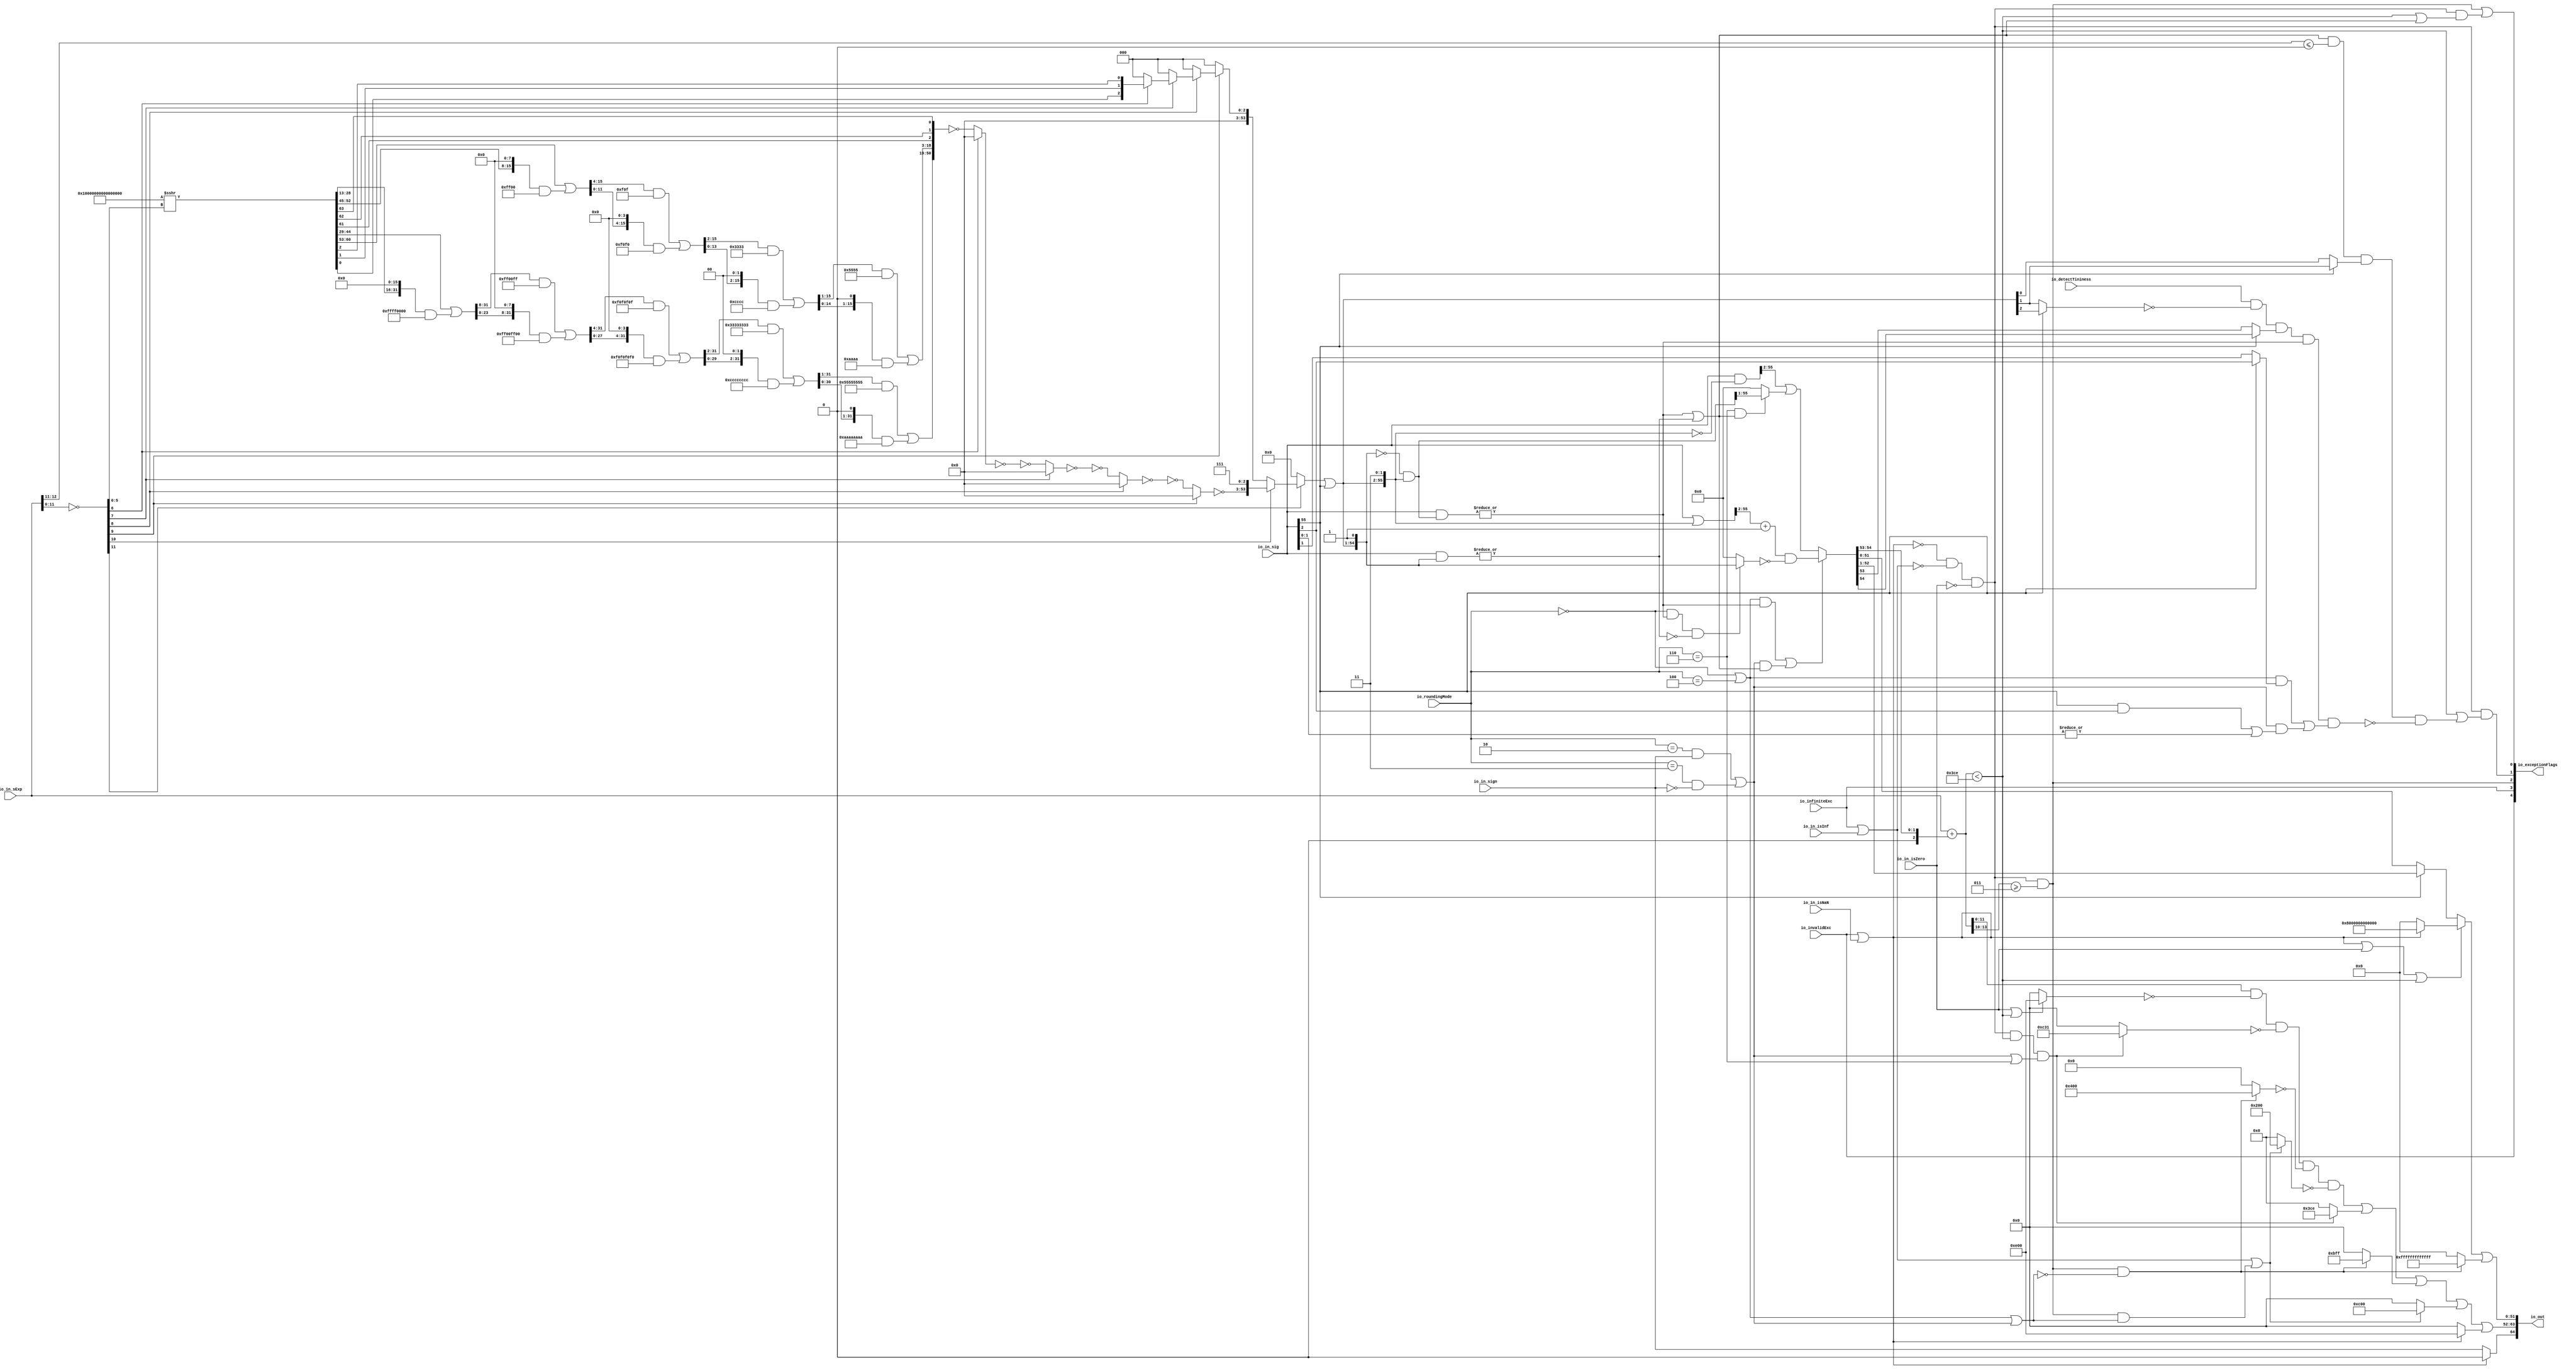
module RoundAnyRawFNToRecFN_2(
  input         io_invalidExc,
  input         io_infiniteExc,
  input         io_in_isNaN,
  input         io_in_isInf,
  input         io_in_isZero,
  input         io_in_sign,
  input  [12:0] io_in_sExp,
  input  [55:0] io_in_sig,
  input  [2:0]  io_roundingMode,
  input         io_detectTininess,
  output [64:0] io_out,
  output [4:0]  io_exceptionFlags
);
  wire  roundingMode_near_even = io_roundingMode == 3'h0; // @[RoundAnyRawFNToRecFN.scala 88:53]
  wire  roundingMode_min = io_roundingMode == 3'h2; // @[RoundAnyRawFNToRecFN.scala 90:53]
  wire  roundingMode_max = io_roundingMode == 3'h3; // @[RoundAnyRawFNToRecFN.scala 91:53]
  wire  roundingMode_near_maxMag = io_roundingMode == 3'h4; // @[RoundAnyRawFNToRecFN.scala 92:53]
  wire  roundingMode_odd = io_roundingMode == 3'h6; // @[RoundAnyRawFNToRecFN.scala 93:53]
  wire  roundMagUp = roundingMode_min & io_in_sign | roundingMode_max & ~io_in_sign; // @[RoundAnyRawFNToRecFN.scala 96:42]
  wire  doShiftSigDown1 = io_in_sig[55]; // @[RoundAnyRawFNToRecFN.scala 118:61]
  wire [11:0] _roundMask_T_1 = ~io_in_sExp[11:0]; // @[primitives.scala 51:21]
  wire  roundMask_msb = _roundMask_T_1[11]; // @[primitives.scala 57:25]
  wire [10:0] roundMask_lsbs = _roundMask_T_1[10:0]; // @[primitives.scala 58:26]
  wire  roundMask_msb_1 = roundMask_lsbs[10]; // @[primitives.scala 57:25]
  wire [9:0] roundMask_lsbs_1 = roundMask_lsbs[9:0]; // @[primitives.scala 58:26]
  wire  roundMask_msb_2 = roundMask_lsbs_1[9]; // @[primitives.scala 57:25]
  wire [8:0] roundMask_lsbs_2 = roundMask_lsbs_1[8:0]; // @[primitives.scala 58:26]
  wire  roundMask_msb_3 = roundMask_lsbs_2[8]; // @[primitives.scala 57:25]
  wire [7:0] roundMask_lsbs_3 = roundMask_lsbs_2[7:0]; // @[primitives.scala 58:26]
  wire  roundMask_msb_4 = roundMask_lsbs_3[7]; // @[primitives.scala 57:25]
  wire [6:0] roundMask_lsbs_4 = roundMask_lsbs_3[6:0]; // @[primitives.scala 58:26]
  wire  roundMask_msb_5 = roundMask_lsbs_4[6]; // @[primitives.scala 57:25]
  wire [5:0] roundMask_lsbs_5 = roundMask_lsbs_4[5:0]; // @[primitives.scala 58:26]
  wire [64:0] roundMask_shift = 65'sh10000000000000000 >>> roundMask_lsbs_5; // @[primitives.scala 77:58]
  wire [31:0] _roundMask_T_7 = {{16'd0}, roundMask_shift[44:29]}; // @[Bitwise.scala 103:31]
  wire [31:0] _roundMask_T_9 = {roundMask_shift[28:13], 16'h0}; // @[Bitwise.scala 103:65]
  wire [31:0] _roundMask_T_11 = _roundMask_T_9 & 32'hffff0000; // @[Bitwise.scala 103:75]
  wire [31:0] _roundMask_T_12 = _roundMask_T_7 | _roundMask_T_11; // @[Bitwise.scala 103:39]
  wire [31:0] _GEN_0 = {{8'd0}, _roundMask_T_12[31:8]}; // @[Bitwise.scala 103:31]
  wire [31:0] _roundMask_T_17 = _GEN_0 & 32'hff00ff; // @[Bitwise.scala 103:31]
  wire [31:0] _roundMask_T_19 = {_roundMask_T_12[23:0], 8'h0}; // @[Bitwise.scala 103:65]
  wire [31:0] _roundMask_T_21 = _roundMask_T_19 & 32'hff00ff00; // @[Bitwise.scala 103:75]
  wire [31:0] _roundMask_T_22 = _roundMask_T_17 | _roundMask_T_21; // @[Bitwise.scala 103:39]
  wire [31:0] _GEN_1 = {{4'd0}, _roundMask_T_22[31:4]}; // @[Bitwise.scala 103:31]
  wire [31:0] _roundMask_T_27 = _GEN_1 & 32'hf0f0f0f; // @[Bitwise.scala 103:31]
  wire [31:0] _roundMask_T_29 = {_roundMask_T_22[27:0], 4'h0}; // @[Bitwise.scala 103:65]
  wire [31:0] _roundMask_T_31 = _roundMask_T_29 & 32'hf0f0f0f0; // @[Bitwise.scala 103:75]
  wire [31:0] _roundMask_T_32 = _roundMask_T_27 | _roundMask_T_31; // @[Bitwise.scala 103:39]
  wire [31:0] _GEN_2 = {{2'd0}, _roundMask_T_32[31:2]}; // @[Bitwise.scala 103:31]
  wire [31:0] _roundMask_T_37 = _GEN_2 & 32'h33333333; // @[Bitwise.scala 103:31]
  wire [31:0] _roundMask_T_39 = {_roundMask_T_32[29:0], 2'h0}; // @[Bitwise.scala 103:65]
  wire [31:0] _roundMask_T_41 = _roundMask_T_39 & 32'hcccccccc; // @[Bitwise.scala 103:75]
  wire [31:0] _roundMask_T_42 = _roundMask_T_37 | _roundMask_T_41; // @[Bitwise.scala 103:39]
  wire [31:0] _GEN_3 = {{1'd0}, _roundMask_T_42[31:1]}; // @[Bitwise.scala 103:31]
  wire [31:0] _roundMask_T_47 = _GEN_3 & 32'h55555555; // @[Bitwise.scala 103:31]
  wire [31:0] _roundMask_T_49 = {_roundMask_T_42[30:0], 1'h0}; // @[Bitwise.scala 103:65]
  wire [31:0] _roundMask_T_51 = _roundMask_T_49 & 32'haaaaaaaa; // @[Bitwise.scala 103:75]
  wire [31:0] roundMask_hi = _roundMask_T_47 | _roundMask_T_51; // @[Bitwise.scala 103:39]
  wire [15:0] _roundMask_T_57 = {{8'd0}, roundMask_shift[60:53]}; // @[Bitwise.scala 103:31]
  wire [15:0] _roundMask_T_59 = {roundMask_shift[52:45], 8'h0}; // @[Bitwise.scala 103:65]
  wire [15:0] _roundMask_T_61 = _roundMask_T_59 & 16'hff00; // @[Bitwise.scala 103:75]
  wire [15:0] _roundMask_T_62 = _roundMask_T_57 | _roundMask_T_61; // @[Bitwise.scala 103:39]
  wire [15:0] _GEN_4 = {{4'd0}, _roundMask_T_62[15:4]}; // @[Bitwise.scala 103:31]
  wire [15:0] _roundMask_T_67 = _GEN_4 & 16'hf0f; // @[Bitwise.scala 103:31]
  wire [15:0] _roundMask_T_69 = {_roundMask_T_62[11:0], 4'h0}; // @[Bitwise.scala 103:65]
  wire [15:0] _roundMask_T_71 = _roundMask_T_69 & 16'hf0f0; // @[Bitwise.scala 103:75]
  wire [15:0] _roundMask_T_72 = _roundMask_T_67 | _roundMask_T_71; // @[Bitwise.scala 103:39]
  wire [15:0] _GEN_5 = {{2'd0}, _roundMask_T_72[15:2]}; // @[Bitwise.scala 103:31]
  wire [15:0] _roundMask_T_77 = _GEN_5 & 16'h3333; // @[Bitwise.scala 103:31]
  wire [15:0] _roundMask_T_79 = {_roundMask_T_72[13:0], 2'h0}; // @[Bitwise.scala 103:65]
  wire [15:0] _roundMask_T_81 = _roundMask_T_79 & 16'hcccc; // @[Bitwise.scala 103:75]
  wire [15:0] _roundMask_T_82 = _roundMask_T_77 | _roundMask_T_81; // @[Bitwise.scala 103:39]
  wire [15:0] _GEN_6 = {{1'd0}, _roundMask_T_82[15:1]}; // @[Bitwise.scala 103:31]
  wire [15:0] _roundMask_T_87 = _GEN_6 & 16'h5555; // @[Bitwise.scala 103:31]
  wire [15:0] _roundMask_T_89 = {_roundMask_T_82[14:0], 1'h0}; // @[Bitwise.scala 103:65]
  wire [15:0] _roundMask_T_91 = _roundMask_T_89 & 16'haaaa; // @[Bitwise.scala 103:75]
  wire [15:0] roundMask_hi_1 = _roundMask_T_87 | _roundMask_T_91; // @[Bitwise.scala 103:39]
  wire  roundMask_hi_2 = roundMask_shift[61]; // @[Bitwise.scala 109:18]
  wire  roundMask_lo = roundMask_shift[62]; // @[Bitwise.scala 109:44]
  wire  roundMask_lo_1 = roundMask_shift[63]; // @[Bitwise.scala 109:44]
  wire [50:0] _roundMask_T_94 = {roundMask_hi,roundMask_hi_1,roundMask_hi_2,roundMask_lo,roundMask_lo_1}; // @[Cat.scala 30:58]
  wire [50:0] _roundMask_T_95 = ~_roundMask_T_94; // @[primitives.scala 74:36]
  wire [50:0] _roundMask_T_96 = roundMask_msb_5 ? 51'h0 : _roundMask_T_95; // @[primitives.scala 74:21]
  wire [50:0] _roundMask_T_97 = ~_roundMask_T_96; // @[primitives.scala 74:17]
  wire [50:0] _roundMask_T_98 = ~_roundMask_T_97; // @[primitives.scala 74:36]
  wire [50:0] _roundMask_T_99 = roundMask_msb_4 ? 51'h0 : _roundMask_T_98; // @[primitives.scala 74:21]
  wire [50:0] _roundMask_T_100 = ~_roundMask_T_99; // @[primitives.scala 74:17]
  wire [50:0] _roundMask_T_101 = ~_roundMask_T_100; // @[primitives.scala 74:36]
  wire [50:0] _roundMask_T_102 = roundMask_msb_3 ? 51'h0 : _roundMask_T_101; // @[primitives.scala 74:21]
  wire [50:0] _roundMask_T_103 = ~_roundMask_T_102; // @[primitives.scala 74:17]
  wire [50:0] _roundMask_T_104 = ~_roundMask_T_103; // @[primitives.scala 74:36]
  wire [50:0] _roundMask_T_105 = roundMask_msb_2 ? 51'h0 : _roundMask_T_104; // @[primitives.scala 74:21]
  wire [50:0] roundMask_hi_4 = ~_roundMask_T_105; // @[primitives.scala 74:17]
  wire [53:0] _roundMask_T_106 = {roundMask_hi_4,3'h7}; // @[Cat.scala 30:58]
  wire  roundMask_hi_5 = roundMask_shift[0]; // @[Bitwise.scala 109:18]
  wire  roundMask_lo_4 = roundMask_shift[1]; // @[Bitwise.scala 109:44]
  wire  roundMask_lo_5 = roundMask_shift[2]; // @[Bitwise.scala 109:44]
  wire [2:0] _roundMask_T_109 = {roundMask_hi_5,roundMask_lo_4,roundMask_lo_5}; // @[Cat.scala 30:58]
  wire [2:0] _roundMask_T_110 = roundMask_msb_5 ? _roundMask_T_109 : 3'h0; // @[primitives.scala 61:24]
  wire [2:0] _roundMask_T_111 = roundMask_msb_4 ? _roundMask_T_110 : 3'h0; // @[primitives.scala 61:24]
  wire [2:0] _roundMask_T_112 = roundMask_msb_3 ? _roundMask_T_111 : 3'h0; // @[primitives.scala 61:24]
  wire [2:0] _roundMask_T_113 = roundMask_msb_2 ? _roundMask_T_112 : 3'h0; // @[primitives.scala 61:24]
  wire [53:0] _roundMask_T_114 = roundMask_msb_1 ? _roundMask_T_106 : {{51'd0}, _roundMask_T_113}; // @[primitives.scala 66:24]
  wire [53:0] _roundMask_T_115 = roundMask_msb ? _roundMask_T_114 : 54'h0; // @[primitives.scala 61:24]
  wire [53:0] _GEN_7 = {{53'd0}, doShiftSigDown1}; // @[RoundAnyRawFNToRecFN.scala 157:23]
  wire [53:0] roundMask_hi_7 = _roundMask_T_115 | _GEN_7; // @[RoundAnyRawFNToRecFN.scala 157:23]
  wire [55:0] roundMask = {roundMask_hi_7,2'h3}; // @[Cat.scala 30:58]
  wire [54:0] shiftedRoundMask_lo = roundMask[55:1]; // @[RoundAnyRawFNToRecFN.scala 160:57]
  wire [55:0] shiftedRoundMask = {1'h0,shiftedRoundMask_lo}; // @[Cat.scala 30:58]
  wire [55:0] _roundPosMask_T = ~shiftedRoundMask; // @[RoundAnyRawFNToRecFN.scala 161:28]
  wire [55:0] roundPosMask = _roundPosMask_T & roundMask; // @[RoundAnyRawFNToRecFN.scala 161:46]
  wire [55:0] _roundPosBit_T = io_in_sig & roundPosMask; // @[RoundAnyRawFNToRecFN.scala 162:40]
  wire  roundPosBit = |_roundPosBit_T; // @[RoundAnyRawFNToRecFN.scala 162:56]
  wire [55:0] _anyRoundExtra_T = io_in_sig & shiftedRoundMask; // @[RoundAnyRawFNToRecFN.scala 163:42]
  wire  anyRoundExtra = |_anyRoundExtra_T; // @[RoundAnyRawFNToRecFN.scala 163:62]
  wire  anyRound = roundPosBit | anyRoundExtra; // @[RoundAnyRawFNToRecFN.scala 164:36]
  wire  _roundIncr_T = roundingMode_near_even | roundingMode_near_maxMag; // @[RoundAnyRawFNToRecFN.scala 167:38]
  wire  _roundIncr_T_1 = (roundingMode_near_even | roundingMode_near_maxMag) & roundPosBit; // @[RoundAnyRawFNToRecFN.scala 167:67]
  wire  _roundIncr_T_2 = roundMagUp & anyRound; // @[RoundAnyRawFNToRecFN.scala 169:29]
  wire  roundIncr = _roundIncr_T_1 | _roundIncr_T_2; // @[RoundAnyRawFNToRecFN.scala 168:31]
  wire [55:0] _roundedSig_T = io_in_sig | roundMask; // @[RoundAnyRawFNToRecFN.scala 172:32]
  wire [54:0] _roundedSig_T_2 = _roundedSig_T[55:2] + 54'h1; // @[RoundAnyRawFNToRecFN.scala 172:49]
  wire  _roundedSig_T_4 = ~anyRoundExtra; // @[RoundAnyRawFNToRecFN.scala 174:30]
  wire [54:0] _roundedSig_T_7 = roundingMode_near_even & roundPosBit & _roundedSig_T_4 ? shiftedRoundMask_lo : 55'h0; // @[RoundAnyRawFNToRecFN.scala 173:25]
  wire [54:0] _roundedSig_T_8 = ~_roundedSig_T_7; // @[RoundAnyRawFNToRecFN.scala 173:21]
  wire [54:0] _roundedSig_T_9 = _roundedSig_T_2 & _roundedSig_T_8; // @[RoundAnyRawFNToRecFN.scala 172:61]
  wire [55:0] _roundedSig_T_10 = ~roundMask; // @[RoundAnyRawFNToRecFN.scala 178:32]
  wire [55:0] _roundedSig_T_11 = io_in_sig & _roundedSig_T_10; // @[RoundAnyRawFNToRecFN.scala 178:30]
  wire [54:0] _roundedSig_T_15 = roundingMode_odd & anyRound ? roundPosMask[55:1] : 55'h0; // @[RoundAnyRawFNToRecFN.scala 179:24]
  wire [54:0] _GEN_8 = {{1'd0}, _roundedSig_T_11[55:2]}; // @[RoundAnyRawFNToRecFN.scala 178:47]
  wire [54:0] _roundedSig_T_16 = _GEN_8 | _roundedSig_T_15; // @[RoundAnyRawFNToRecFN.scala 178:47]
  wire [54:0] roundedSig = roundIncr ? _roundedSig_T_9 : _roundedSig_T_16; // @[RoundAnyRawFNToRecFN.scala 171:16]
  wire [2:0] _sRoundedExp_T_1 = {1'b0,$signed(roundedSig[54:53])}; // @[RoundAnyRawFNToRecFN.scala 183:69]
  wire [12:0] _GEN_9 = {{10{_sRoundedExp_T_1[2]}},_sRoundedExp_T_1}; // @[RoundAnyRawFNToRecFN.scala 183:40]
  wire [13:0] sRoundedExp = $signed(io_in_sExp) + $signed(_GEN_9); // @[RoundAnyRawFNToRecFN.scala 183:40]
  wire [11:0] common_expOut = sRoundedExp[11:0]; // @[RoundAnyRawFNToRecFN.scala 185:37]
  wire [51:0] common_fractOut = doShiftSigDown1 ? roundedSig[52:1] : roundedSig[51:0]; // @[RoundAnyRawFNToRecFN.scala 187:16]
  wire [3:0] _common_overflow_T = sRoundedExp[13:10]; // @[RoundAnyRawFNToRecFN.scala 194:30]
  wire  common_overflow = $signed(_common_overflow_T) >= 4'sh3; // @[RoundAnyRawFNToRecFN.scala 194:50]
  wire  common_totalUnderflow = $signed(sRoundedExp) < 14'sh3ce; // @[RoundAnyRawFNToRecFN.scala 198:31]
  wire  unboundedRange_roundPosBit = doShiftSigDown1 ? io_in_sig[2] : io_in_sig[1]; // @[RoundAnyRawFNToRecFN.scala 201:16]
  wire  unboundedRange_anyRound = doShiftSigDown1 & io_in_sig[2] | |io_in_sig[1:0]; // @[RoundAnyRawFNToRecFN.scala 203:49]
  wire  _unboundedRange_roundIncr_T_1 = _roundIncr_T & unboundedRange_roundPosBit; // @[RoundAnyRawFNToRecFN.scala 205:67]
  wire  _unboundedRange_roundIncr_T_2 = roundMagUp & unboundedRange_anyRound; // @[RoundAnyRawFNToRecFN.scala 207:29]
  wire  unboundedRange_roundIncr = _unboundedRange_roundIncr_T_1 | _unboundedRange_roundIncr_T_2; // @[RoundAnyRawFNToRecFN.scala 206:46]
  wire  roundCarry = doShiftSigDown1 ? roundedSig[54] : roundedSig[53]; // @[RoundAnyRawFNToRecFN.scala 209:16]
  wire [1:0] _common_underflow_T = io_in_sExp[12:11]; // @[RoundAnyRawFNToRecFN.scala 218:48]
  wire  _common_underflow_T_5 = doShiftSigDown1 ? roundMask[3] : roundMask[2]; // @[RoundAnyRawFNToRecFN.scala 219:30]
  wire  _common_underflow_T_6 = anyRound & $signed(_common_underflow_T) <= 2'sh0 & _common_underflow_T_5; // @[RoundAnyRawFNToRecFN.scala 218:74]
  wire  _common_underflow_T_10 = doShiftSigDown1 ? roundMask[4] : roundMask[3]; // @[RoundAnyRawFNToRecFN.scala 221:39]
  wire  _common_underflow_T_11 = ~_common_underflow_T_10; // @[RoundAnyRawFNToRecFN.scala 221:34]
  wire  _common_underflow_T_12 = io_detectTininess & _common_underflow_T_11; // @[RoundAnyRawFNToRecFN.scala 220:77]
  wire  _common_underflow_T_13 = _common_underflow_T_12 & roundCarry; // @[RoundAnyRawFNToRecFN.scala 224:38]
  wire  _common_underflow_T_15 = _common_underflow_T_13 & roundPosBit & unboundedRange_roundIncr; // @[RoundAnyRawFNToRecFN.scala 225:60]
  wire  _common_underflow_T_16 = ~_common_underflow_T_15; // @[RoundAnyRawFNToRecFN.scala 220:27]
  wire  _common_underflow_T_17 = _common_underflow_T_6 & _common_underflow_T_16; // @[RoundAnyRawFNToRecFN.scala 219:76]
  wire  common_underflow = common_totalUnderflow | _common_underflow_T_17; // @[RoundAnyRawFNToRecFN.scala 215:40]
  wire  common_inexact = common_totalUnderflow | anyRound; // @[RoundAnyRawFNToRecFN.scala 228:49]
  wire  isNaNOut = io_invalidExc | io_in_isNaN; // @[RoundAnyRawFNToRecFN.scala 233:34]
  wire  notNaN_isSpecialInfOut = io_infiniteExc | io_in_isInf; // @[RoundAnyRawFNToRecFN.scala 234:49]
  wire  commonCase = ~isNaNOut & ~notNaN_isSpecialInfOut & ~io_in_isZero; // @[RoundAnyRawFNToRecFN.scala 235:61]
  wire  overflow = commonCase & common_overflow; // @[RoundAnyRawFNToRecFN.scala 236:32]
  wire  underflow = commonCase & common_underflow; // @[RoundAnyRawFNToRecFN.scala 237:32]
  wire  inexact = overflow | commonCase & common_inexact; // @[RoundAnyRawFNToRecFN.scala 238:28]
  wire  overflow_roundMagUp = _roundIncr_T | roundMagUp; // @[RoundAnyRawFNToRecFN.scala 241:60]
  wire  pegMinNonzeroMagOut = commonCase & common_totalUnderflow & (roundMagUp | roundingMode_odd); // @[RoundAnyRawFNToRecFN.scala 243:45]
  wire  pegMaxFiniteMagOut = overflow & ~overflow_roundMagUp; // @[RoundAnyRawFNToRecFN.scala 244:39]
  wire  notNaN_isInfOut = notNaN_isSpecialInfOut | overflow & overflow_roundMagUp; // @[RoundAnyRawFNToRecFN.scala 246:32]
  wire  signOut = isNaNOut ? 1'h0 : io_in_sign; // @[RoundAnyRawFNToRecFN.scala 248:22]
  wire [11:0] _expOut_T_1 = io_in_isZero | common_totalUnderflow ? 12'he00 : 12'h0; // @[RoundAnyRawFNToRecFN.scala 251:18]
  wire [11:0] _expOut_T_2 = ~_expOut_T_1; // @[RoundAnyRawFNToRecFN.scala 251:14]
  wire [11:0] _expOut_T_3 = common_expOut & _expOut_T_2; // @[RoundAnyRawFNToRecFN.scala 250:24]
  wire [11:0] _expOut_T_5 = pegMinNonzeroMagOut ? 12'hc31 : 12'h0; // @[RoundAnyRawFNToRecFN.scala 255:18]
  wire [11:0] _expOut_T_6 = ~_expOut_T_5; // @[RoundAnyRawFNToRecFN.scala 255:14]
  wire [11:0] _expOut_T_7 = _expOut_T_3 & _expOut_T_6; // @[RoundAnyRawFNToRecFN.scala 254:17]
  wire [11:0] _expOut_T_8 = pegMaxFiniteMagOut ? 12'h400 : 12'h0; // @[RoundAnyRawFNToRecFN.scala 259:18]
  wire [11:0] _expOut_T_9 = ~_expOut_T_8; // @[RoundAnyRawFNToRecFN.scala 259:14]
  wire [11:0] _expOut_T_10 = _expOut_T_7 & _expOut_T_9; // @[RoundAnyRawFNToRecFN.scala 258:17]
  wire [11:0] _expOut_T_11 = notNaN_isInfOut ? 12'h200 : 12'h0; // @[RoundAnyRawFNToRecFN.scala 263:18]
  wire [11:0] _expOut_T_12 = ~_expOut_T_11; // @[RoundAnyRawFNToRecFN.scala 263:14]
  wire [11:0] _expOut_T_13 = _expOut_T_10 & _expOut_T_12; // @[RoundAnyRawFNToRecFN.scala 262:17]
  wire [11:0] _expOut_T_14 = pegMinNonzeroMagOut ? 12'h3ce : 12'h0; // @[RoundAnyRawFNToRecFN.scala 267:16]
  wire [11:0] _expOut_T_15 = _expOut_T_13 | _expOut_T_14; // @[RoundAnyRawFNToRecFN.scala 266:18]
  wire [11:0] _expOut_T_16 = pegMaxFiniteMagOut ? 12'hbff : 12'h0; // @[RoundAnyRawFNToRecFN.scala 271:16]
  wire [11:0] _expOut_T_17 = _expOut_T_15 | _expOut_T_16; // @[RoundAnyRawFNToRecFN.scala 270:15]
  wire [11:0] _expOut_T_18 = notNaN_isInfOut ? 12'hc00 : 12'h0; // @[RoundAnyRawFNToRecFN.scala 275:16]
  wire [11:0] _expOut_T_19 = _expOut_T_17 | _expOut_T_18; // @[RoundAnyRawFNToRecFN.scala 274:15]
  wire [11:0] _expOut_T_20 = isNaNOut ? 12'he00 : 12'h0; // @[RoundAnyRawFNToRecFN.scala 276:16]
  wire [11:0] expOut = _expOut_T_19 | _expOut_T_20; // @[RoundAnyRawFNToRecFN.scala 275:77]
  wire [51:0] _fractOut_T_2 = isNaNOut ? 52'h8000000000000 : 52'h0; // @[RoundAnyRawFNToRecFN.scala 279:16]
  wire [51:0] _fractOut_T_3 = isNaNOut | io_in_isZero | common_totalUnderflow ? _fractOut_T_2 : common_fractOut; // @[RoundAnyRawFNToRecFN.scala 278:12]
  wire [51:0] _fractOut_T_5 = pegMaxFiniteMagOut ? 52'hfffffffffffff : 52'h0; // @[Bitwise.scala 72:12]
  wire [51:0] fractOut = _fractOut_T_3 | _fractOut_T_5; // @[RoundAnyRawFNToRecFN.scala 281:11]
  wire [12:0] io_out_hi = {signOut,expOut}; // @[Cat.scala 30:58]
  wire [1:0] io_exceptionFlags_lo = {underflow,inexact}; // @[Cat.scala 30:58]
  wire [2:0] io_exceptionFlags_hi = {io_invalidExc,io_infiniteExc,overflow}; // @[Cat.scala 30:58]
  assign io_out = {io_out_hi,fractOut}; // @[Cat.scala 30:58]
  assign io_exceptionFlags = {io_exceptionFlags_hi,io_exceptionFlags_lo}; // @[Cat.scala 30:58]
endmodule